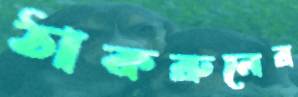
ঠাকরুনের